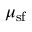
\mu _ { \mathrm { s f } }